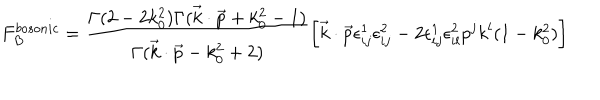
F _ { B } ^ { b o s o n i c } = { \frac { \Gamma ( 2 - 2 k _ { 0 } ^ { 2 } ) \Gamma ( \vec { k } \cdot \vec { p } + k _ { 0 } ^ { 2 } - 1 ) } { \Gamma ( \vec { k } \cdot \vec { p } - k _ { 0 } ^ { 2 } + 2 ) } } \bigg [ \vec { k } \cdot \vec { p } \epsilon _ { i j } ^ { 1 } \epsilon _ { i j } ^ { 2 } - 2 \epsilon _ { i j } ^ { 1 } \epsilon _ { i l } ^ { 2 } p ^ { j } k ^ { l } ( 1 - k _ { 0 } ^ { 2 } ) \bigg ]